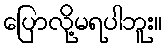
ပြောလို့မရပါဘူး။